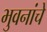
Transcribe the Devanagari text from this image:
भुवनांचे